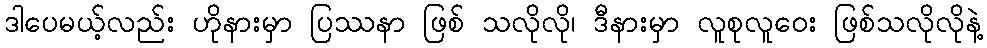
ဒါပေမယ့်လည်း ဟိုနားမှာ ပြဿနာ ဖြစ် သလိုလို၊ ဒီနားမှာ လူစုလူဝေး ဖြစ်သလိုလိုနဲ့